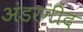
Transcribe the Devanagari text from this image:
अंडरनीद